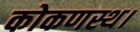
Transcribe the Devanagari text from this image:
कोकणस्थ।